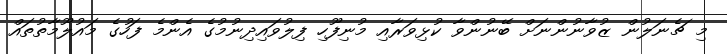
މި ޗެނަލުން ޒުވާނުންނަށް ބޭނުންވާ ކުޅިވަރާއި މުނިފޫހި ފިލުވައިދިނުމުގެ އެންމެ ފަހުގެ މައުލޫމާތުތައް